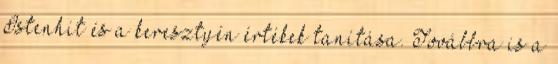
Istenhit és a keresztyén értékek tanítása. Továbbra is a